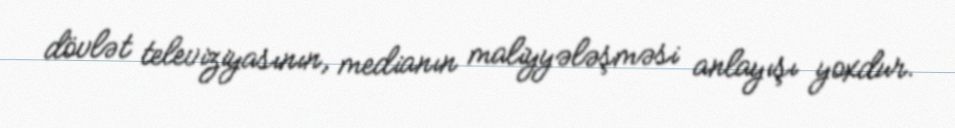
dövlət televiziyasının, medianın maliyyələşməsi anlayışı yoxdur.